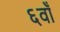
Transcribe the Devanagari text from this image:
६वाँ